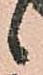
候